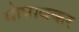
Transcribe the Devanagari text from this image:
धोपावकर